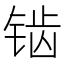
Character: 𬭔